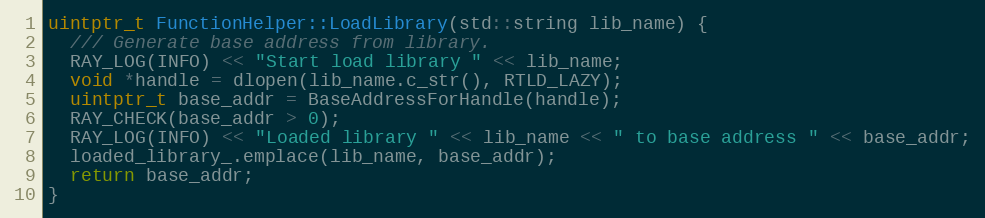
Language: C++
uintptr_t FunctionHelper::LoadLibrary(std::string lib_name) {
  /// Generate base address from library.
  RAY_LOG(INFO) << "Start load library " << lib_name;
  void *handle = dlopen(lib_name.c_str(), RTLD_LAZY);
  uintptr_t base_addr = BaseAddressForHandle(handle);
  RAY_CHECK(base_addr > 0);
  RAY_LOG(INFO) << "Loaded library " << lib_name << " to base address " << base_addr;
  loaded_library_.emplace(lib_name, base_addr);
  return base_addr;
}